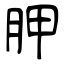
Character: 胛